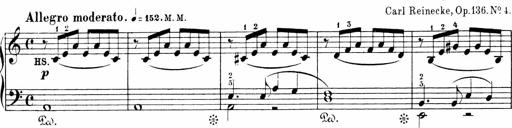
Title: Sonatinen Op.47, 98 und 136, nebst 6 Liedersonatinen
Composer: Carl Reinecke